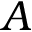
A